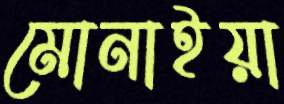
মোনাইয়া